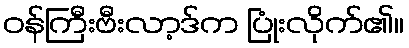
ဝန်ကြီးဗီးလာ့ဒ်က ပြုံးလိုက်၏။